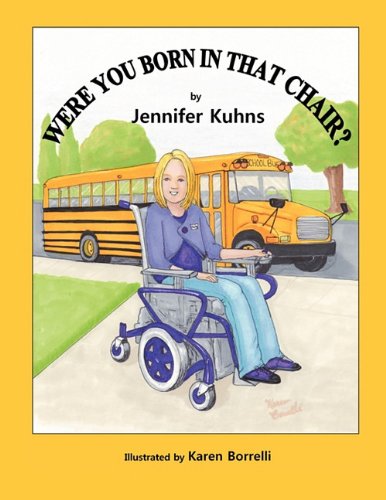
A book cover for Were You Born In That Chair?; Jennifer Kuhns; Travel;